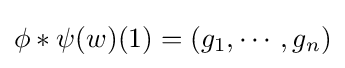
\phi *\psi (w)(1)=(g_{1},\cdots ,g_{n})